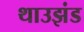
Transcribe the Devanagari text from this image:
थाउझंड